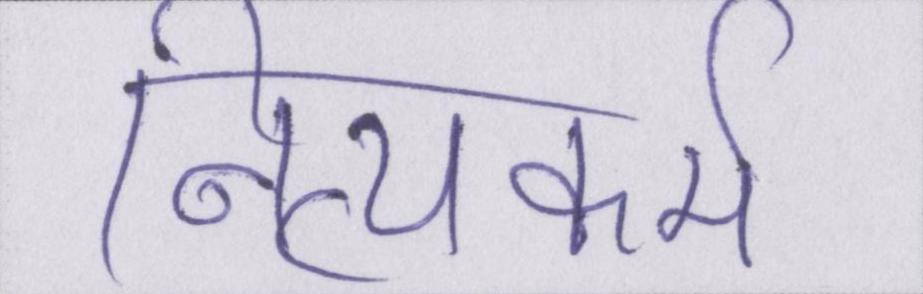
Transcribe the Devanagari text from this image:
नित्यकर्म